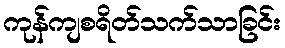
ကုန်ကျစရိတ်သက်သာခြင်း